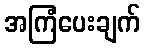
အကြံပေးချက်